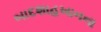
બાદશાહખાનના